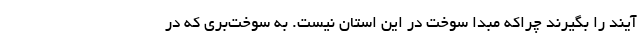
آیند را بگیرند چراکه مبدا سوخت در این استان نیست. به سوخت‌بری که در